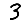
Digit: 3